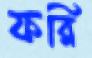
ফরি